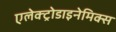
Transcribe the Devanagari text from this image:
एलेक्ट्रोडाइनेमिक्स